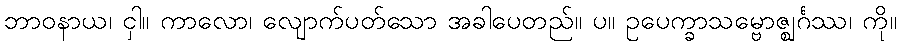
ဘာဝနာယ၊ ငှါ။ ကာလော၊ လျောက်ပတ်သော အခါပေတည်။ ပ။ ဥပေက္ခာသမ္ဗောဇ္ဈင်္ဂဿ၊ ကို။